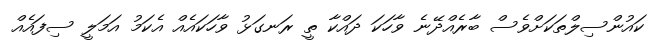
ކައުންސިލްތަކަށްވެސް ބާރެއްދޭނެ ވާހަކަ ދައްކާ ތީ ރަނގަޅު ވާހަކައެއް އެކަމު އަމަލީ ސިފައެއް